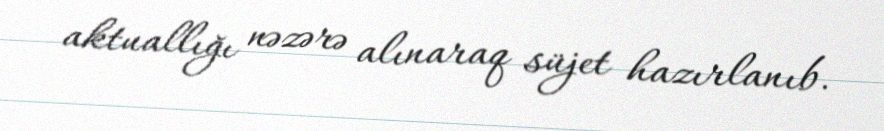
aktuallığı nəzərə alınaraq süjet hazırlanıb.